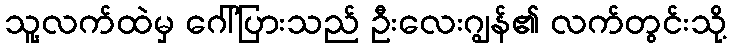
သူ့လက်ထဲမှ ဂေါ်ပြားသည် ဦးလေးဂျွန်၏ လက်တွင်းသို့